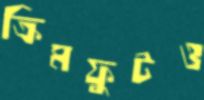
ক্রিমফুটও